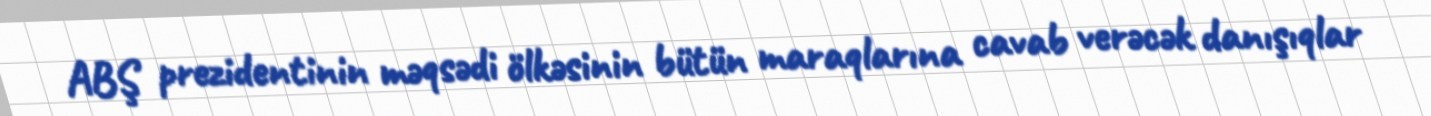
ABŞ prezidentinin məqsədi ölkəsinin bütün maraqlarına cavab verəcək danışıqlar